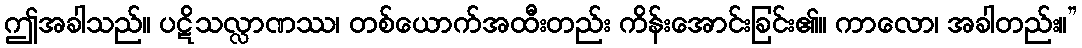
ဤအခါသည်။ ပဋိသလ္လာဏဿ၊ တစ်ယောက်အထီးတည်း ကိန်းအောင်းခြင်း၏။ ကာလော၊ အခါတည်း။”